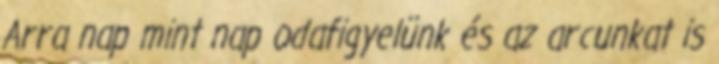
Arra nap mint nap odafigyelünk és az arcunkat is